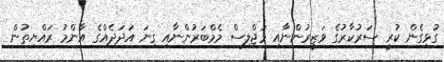
ގުޅިގެން ކުރީ ސަރުކާރުގެ ވަޒީރުންނާއި މަޖްލިސް މެމްބަރުންނާއި ގިނަ އަދަދެއްގެ އާންމު ރައްޔިތުން